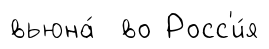
вьюна́ во Росс'и́я